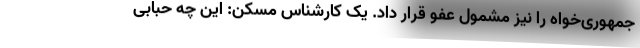
جمهوری‌خواه را نیز مشمول عفو قرار داد. یک کارشناس مسکن: این چه حبابی